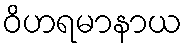
ဝိဟရမာနာယ